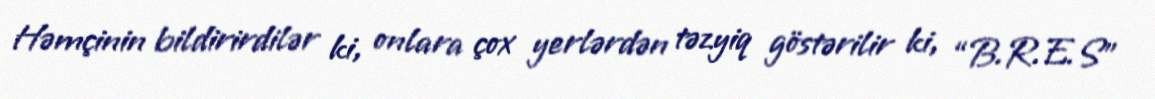
Həmçinin bildirirdilər ki, onlara çox yerlərdən təzyiq göstərilir ki, “B.R.E.S”